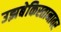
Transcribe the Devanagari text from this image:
उझबेकिस्तानावर